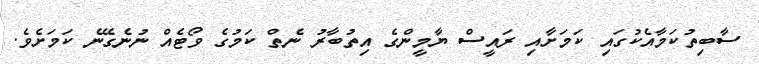
ސާބިތުކަމާއެކުގައި ކަމަށާއި ރައީސް ޔާމީންގެ އިތުބާރު ނެތް ކަމުގެ ވޯޓެއް ނުނެގޭނެ ކަމަށެވެ.